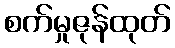
စက်မှုဇုန်ထုတ်